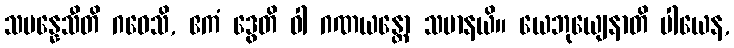
သမန္နေသီတိ ဂဝေသိ, ဧကံ ဒွေတိ ဝါ ဂဏယန္တော သမာနယိ။ ယေဘုယျေနာတိ ပါယေန,